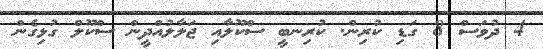
4 ދުވަސް 8 ގަޑި ކުރިން. ކުރިނބީ ސްކޫލާއި ޖަލާލުއްދީން ސްކޫލް ގުޅިގެން